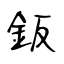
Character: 鈑